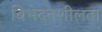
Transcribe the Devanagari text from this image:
विभेदनशीलता